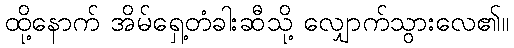
ထို့နောက် အိမ်ရှေ့တံခါးဆီသို့ လျှောက်သွားလေ၏။